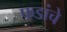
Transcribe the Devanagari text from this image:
फडांचे